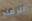
الرماح